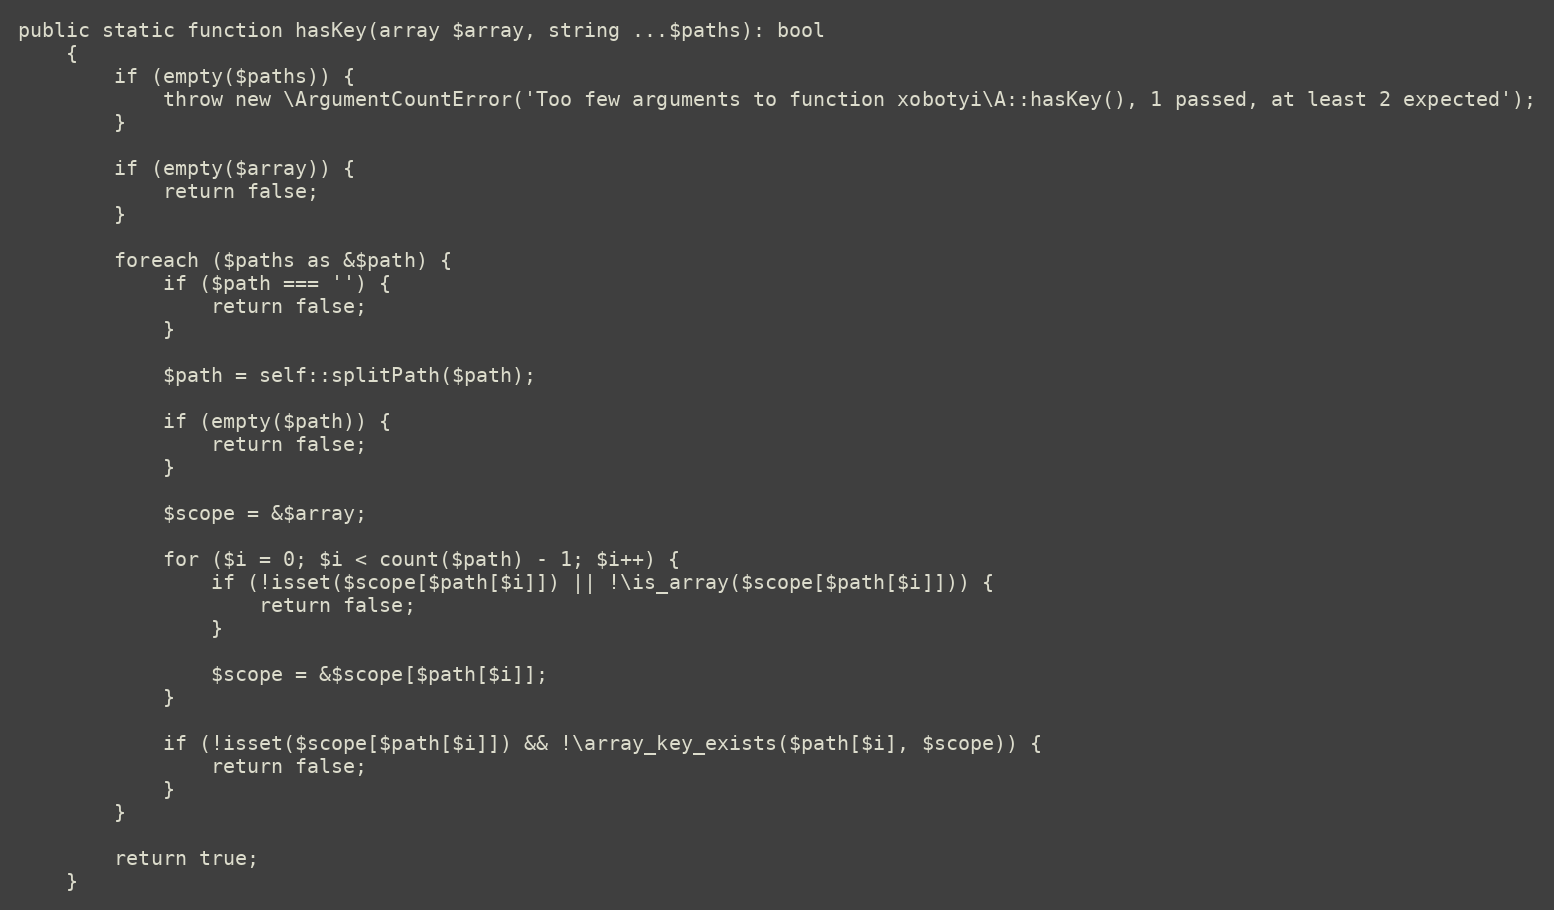
Language: PHP
public static function hasKey(array $array, string ...$paths): bool
    {
        if (empty($paths)) {
            throw new \ArgumentCountError('Too few arguments to function xobotyi\A::hasKey(), 1 passed, at least 2 expected');
        }

        if (empty($array)) {
            return false;
        }

        foreach ($paths as &$path) {
            if ($path === '') {
                return false;
            }

            $path = self::splitPath($path);

            if (empty($path)) {
                return false;
            }

            $scope = &$array;

            for ($i = 0; $i < count($path) - 1; $i++) {
                if (!isset($scope[$path[$i]]) || !\is_array($scope[$path[$i]])) {
                    return false;
                }

                $scope = &$scope[$path[$i]];
            }

            if (!isset($scope[$path[$i]]) && !\array_key_exists($path[$i], $scope)) {
                return false;
            }
        }

        return true;
    }